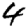
Digit: 4